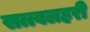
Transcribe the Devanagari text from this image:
सत्त्वलहरी